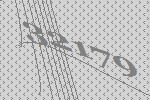
32179